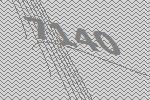
7140